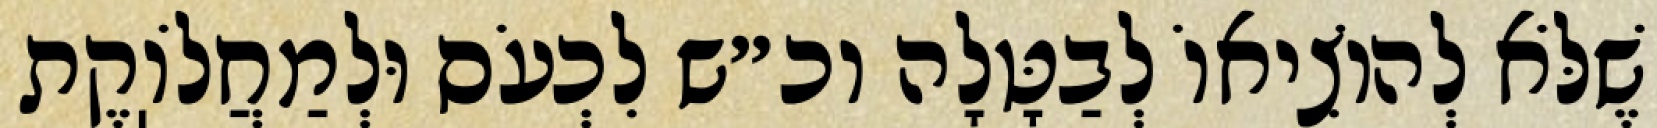
שֶׁלֹּא לְהוֹצִיאוֹ לְבַטָּלָה וכ״ש לִכְעֹס וּלְמַחֲלֹוֽקֶת